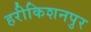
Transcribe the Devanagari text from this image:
हरीकिशनपुर